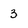
Character: 3